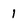
Character: 1